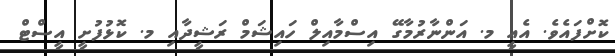
ކޮށްފައެވެ. އެއީ މ. އަންނާރުމާގޭ އިސްމާއިލް ހައިޝަމް ރަޝީދާއި މ. ކޮޅުފުށީ އީސްޓް